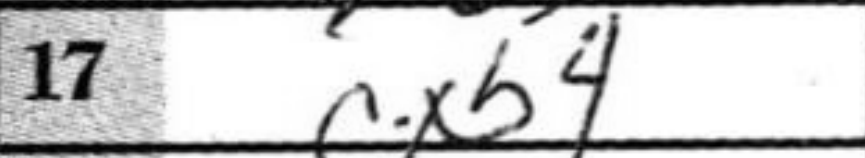
Transcription: cxb4